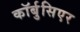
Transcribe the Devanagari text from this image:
कॉर्बुसिएर